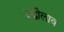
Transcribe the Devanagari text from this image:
उद्बीलाव